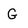
Character: G